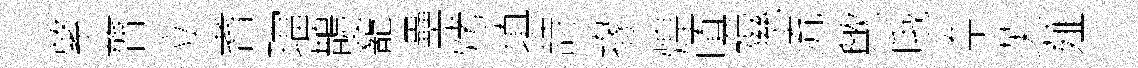
綮膂立耆璫鵲龕壘烤填詩掾煌嗔隰流歟哦奈芙薤